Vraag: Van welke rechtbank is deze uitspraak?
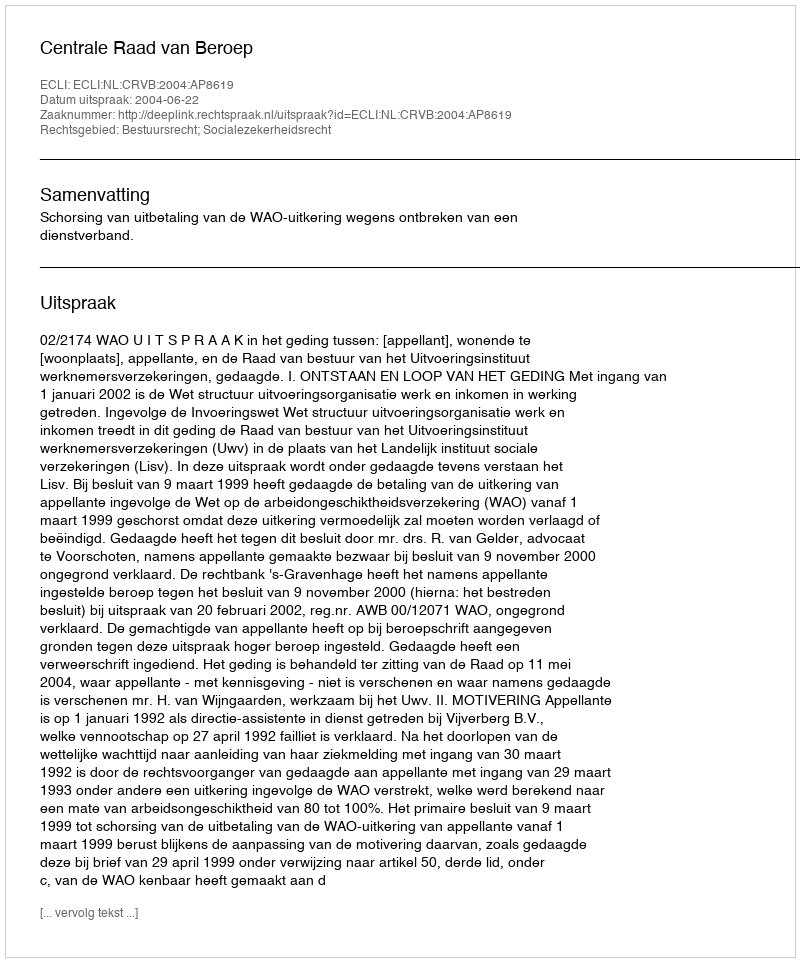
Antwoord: Centrale Raad van Beroep